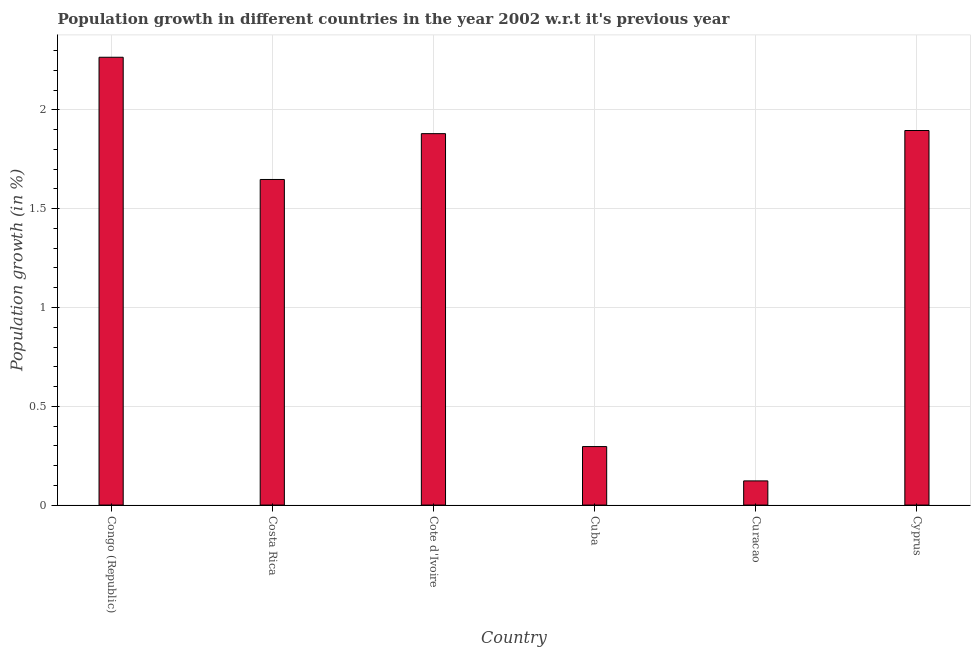
| Country | Population growth |
 | --- | --- |
 | Congo (Republic) | 2.27 |
 | Costa Rica | 1.65 |
 | Cote d'Ivoire | 1.88 |
 | Cuba | 0.296 |
 | Curacao | 0.122 |
 | Cyprus | 1.9 |